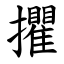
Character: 㩴